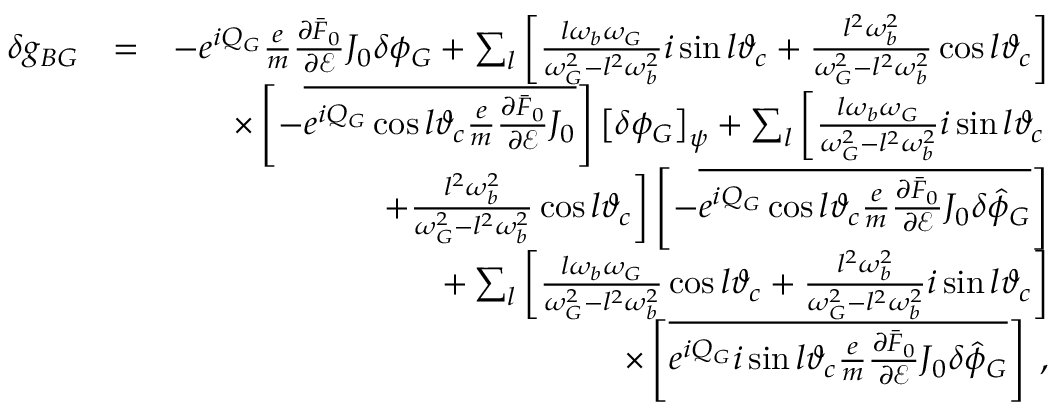
\begin{array} { r l r } { \delta g _ { B G } } & { = } & { - e ^ { i Q _ { G } } \frac { e } { m } \frac { \partial \bar { F } _ { 0 } } { \partial \mathcal { E } } J _ { 0 } \delta \phi _ { G } + \sum _ { l } \left[ \frac { l \omega _ { b } \omega _ { G } } { \omega _ { G } ^ { 2 } - l ^ { 2 } \omega _ { b } ^ { 2 } } i \sin l \vartheta _ { c } + \frac { l ^ { 2 } \omega _ { b } ^ { 2 } } { \omega _ { G } ^ { 2 } - l ^ { 2 } \omega _ { b } ^ { 2 } } \cos l \vartheta _ { c } \right] } \\ & { } & { \times \left[ - \overline { { e ^ { i Q _ { G } } \cos l \vartheta _ { c } \frac { e } { m } \frac { \partial \bar { F } _ { 0 } } { \partial \mathcal { E } } J _ { 0 } } } \right] \left[ \delta \phi _ { G } \right] _ { \psi } + \sum _ { l } \left[ \frac { l \omega _ { b } \omega _ { G } } { \omega _ { G } ^ { 2 } - l ^ { 2 } \omega _ { b } ^ { 2 } } i \sin l \vartheta _ { c } \right. } \\ & { } & { \left. + \frac { l ^ { 2 } \omega _ { b } ^ { 2 } } { \omega _ { G } ^ { 2 } - l ^ { 2 } \omega _ { b } ^ { 2 } } \cos l \vartheta _ { c } \right] \left[ - \overline { { e ^ { i Q _ { G } } \cos l \vartheta _ { c } \frac { e } { m } \frac { \partial \bar { F } _ { 0 } } { \partial \mathcal { E } } J _ { 0 } \delta \hat { \phi } _ { G } } } \right] } \\ & { } & { + \sum _ { l } \left[ \frac { l \omega _ { b } \omega _ { G } } { \omega _ { G } ^ { 2 } - l ^ { 2 } \omega _ { b } ^ { 2 } } \cos l \vartheta _ { c } + \frac { l ^ { 2 } \omega _ { b } ^ { 2 } } { \omega _ { G } ^ { 2 } - l ^ { 2 } \omega _ { b } ^ { 2 } } i \sin l \vartheta _ { c } \right] } \\ & { } & { \times \left[ \overline { { e ^ { i Q _ { G } } i \sin l \vartheta _ { c } \frac { e } { m } \frac { \partial \bar { F } _ { 0 } } { \partial \mathcal { E } } J _ { 0 } \delta \hat { \phi } _ { G } } } \right] \; , } \end{array}